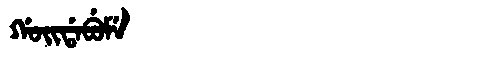
Manchu: ᡤᠣᡳᡩᠠᠪᡠᠮᡝ
Romanization: GOIDABUME